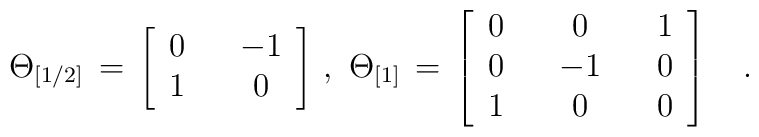
\Theta_{[1/2]}\,=\,\left[\begin{array}{ccc}0 & {}&-1 \\1 & {} &0\end{array}\right]\,,\,\,\Theta_{[1]}\,=\,\left[\begin{array}{ccccc}0 &{}& 0 &{}& 1 \\0 &{}& -1 &{}& 0 \\1 &{}& 0 &{}& 0\end{array}\right]\quad.